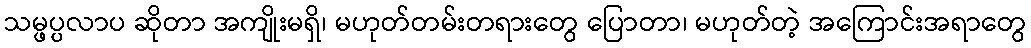
သမ္ဖပ္ပလာပ ဆိုတာ အကျိုးမရှိ၊ မဟုတ်တမ်းတရားတွေ ပြောတာ၊ မဟုတ်တဲ့ အကြောင်းအရာတွေ